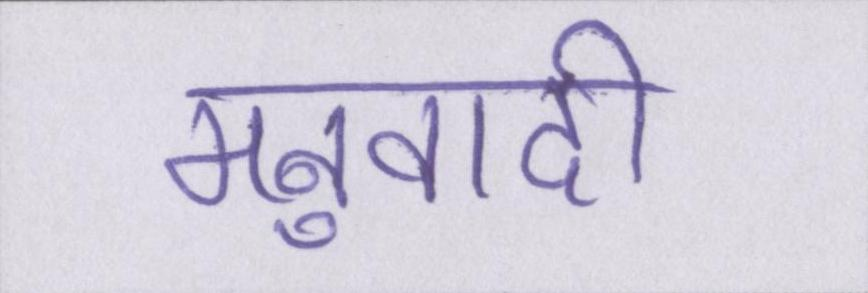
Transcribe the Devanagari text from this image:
मनुवादी